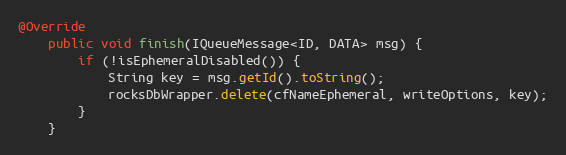
Language: Java
@Override
    public void finish(IQueueMessage<ID, DATA> msg) {
        if (!isEphemeralDisabled()) {
            String key = msg.getId().toString();
            rocksDbWrapper.delete(cfNameEphemeral, writeOptions, key);
        }
    }